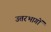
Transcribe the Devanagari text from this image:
उत्तरभागों